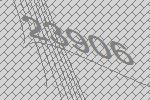
23906